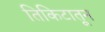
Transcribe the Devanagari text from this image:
तिकिटातून